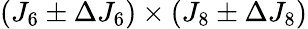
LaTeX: (J_{6}\pm\Delta J_{6})\times(J_{8}\pm\Delta J_{8})